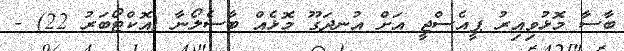
ބާސާ މޮޅުވިއިރު ޕީއެސްޖީ އަށް އުނދަގޫ މޮޅެއް ބާސެލޯނާ (އޮކްޓޯބަރު 22) -